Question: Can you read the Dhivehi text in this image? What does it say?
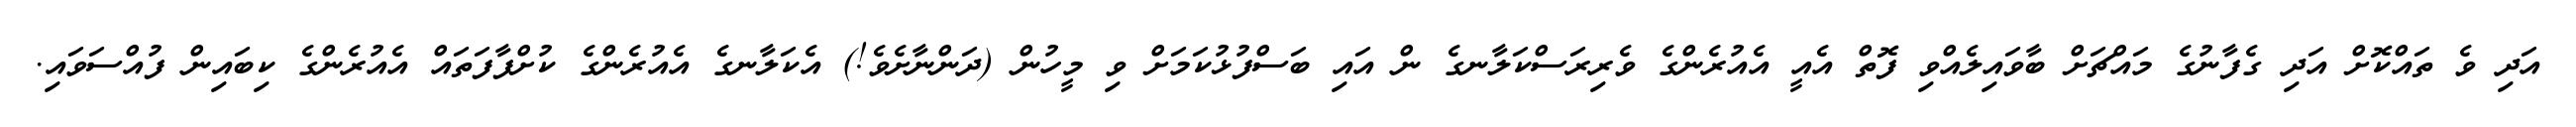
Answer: އަދި ވެ ތައްކޮށް އަދި ގެފާނުގެ މައްޗަށް ބާވައިލެއްވި ފޮތް އެއީ އެއުރެންގެ ވެރިރަސްކަލާނގެ ން އައި ބަސްފުޅުކަމަށް ވި މީހުން (ދަންނާށެވެ!) އެކަލާނގެ އެއުރެންގެ ކުށްފާފަތައް އެއުރެންގެ ކިބައިން ފުއްސަވައި.